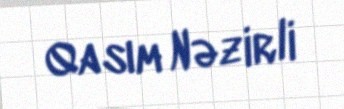
Qasım Nəzirli